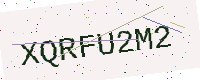
Text: XQRFU2M2